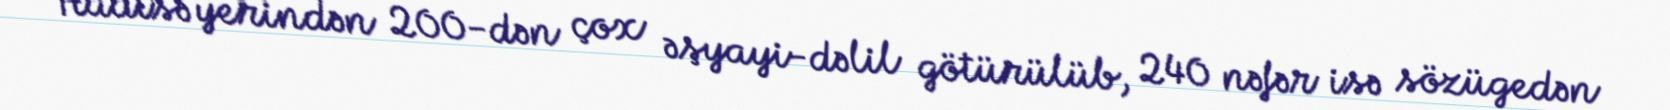
Hadisə yerindən 200-dən çox əşyayi-dəlil götürülüb, 240 nəfər isə sözügedən